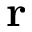
\mathbf { r }